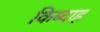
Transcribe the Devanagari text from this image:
किब्दाह